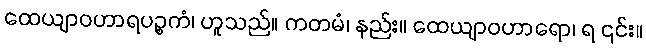
ထေယျာဝဟာရပဉ္စကံ၊ ဟူသည်။ ကတမံ၊ နည်း။ ထေယျာဝဟာရော၊ ရ ၎င်း။